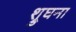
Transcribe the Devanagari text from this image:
श्रुघना